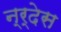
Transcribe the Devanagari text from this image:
न्र्देस